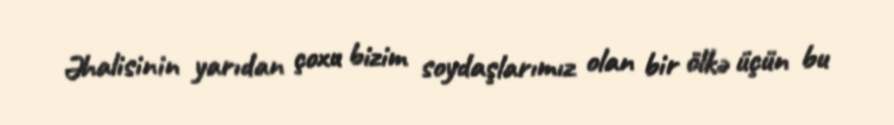
Əhalisinin yarıdan çoxu bizim soydaşlarımız olan bir ölkə üçün bu